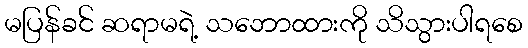
မပြန်ခင် ဆရာမရဲ့ သဘောထားကို သိသွားပါရစေ